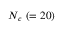
N _ { c } ~ ( = 2 0 )